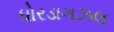
ધોરડાગઝલ